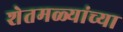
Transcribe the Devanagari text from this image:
शेतमळ्यांच्या